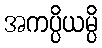
အကပ္ပိယမ္ပိ